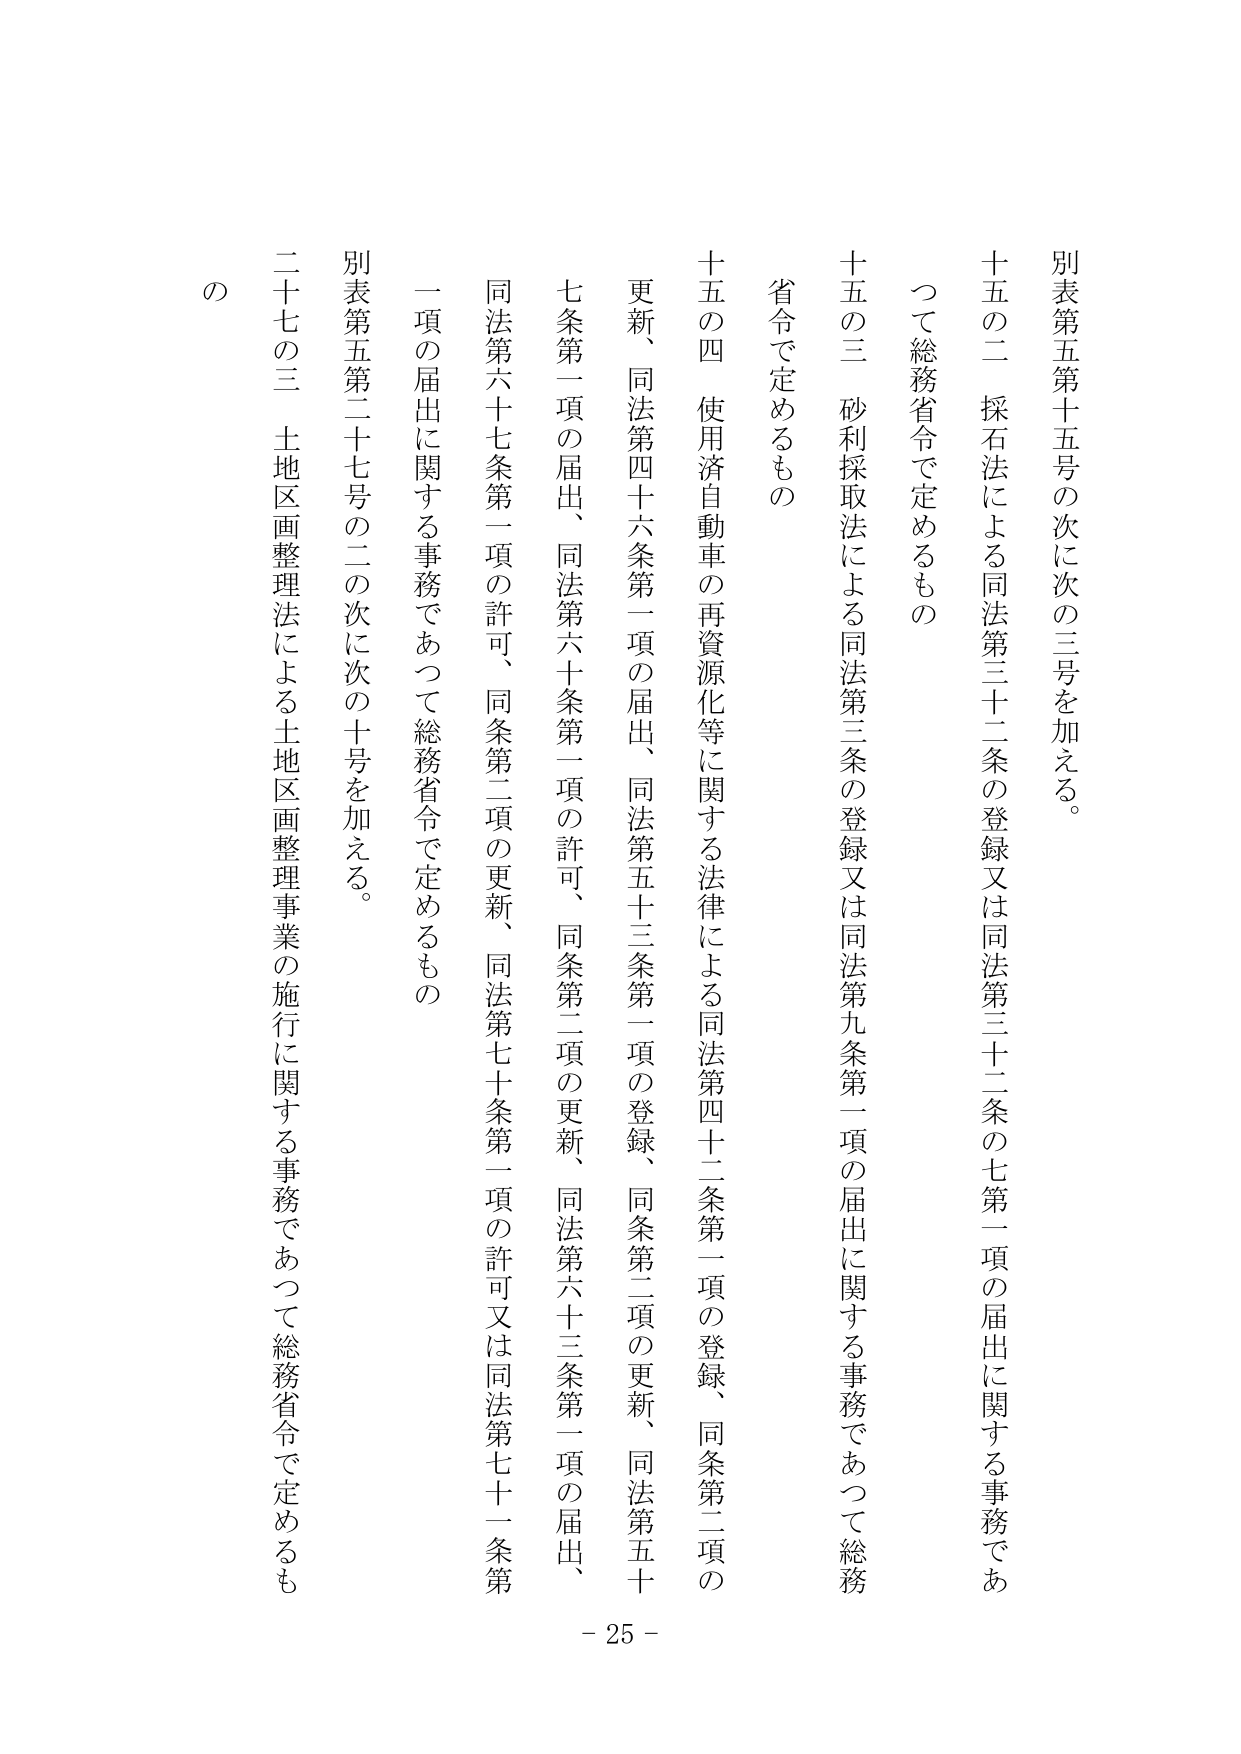
別表第五第十五号の次に次の三号を加える。

十五の二 採石法による同法第三十二条の登録又は同法第三十二条の七第二項の届出に関する事務であつて総務省令で定めるもの

十五の三 砂利採取法による同法第三条の登録又は同法第九条第一項の届出に関する事務であつて総務省令で定めるもの

十五の四 使用済自動車の再資源化等に関する法律による同法第四十二条第一項の登録、同条第二項の更新、同法第四十六条第一項の届出、同法第五十三条第一項の登録、同条第二項の更新、同法第五十七条第一項の届出、同法第六十条第一項の許可、同条第二項の更新、同法第六十三条第一項の届出、同法第六十七条第一項の許可、同条第二項の更新、同法第七十条第二項の許可又は同法第七十一条第一項の届出に関する事務であつて総務省令で定めるもの

別表第五第二十七号の二の次に次の十号を加える。

二十七の三 土地区画整理法による土地区画整理事業の施行に関する事務であつて総務省令で定めるもの

の

- 25 -